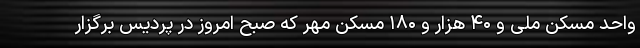
واحد مسکن ملی و ۴۰ هزار و ۱۸۰ مسکن مهر که صبح امروز در پردیس برگزار